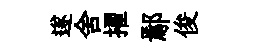
遂舍擢鄢俊